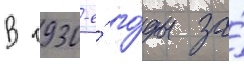
В 1930-е́ го́ды за́